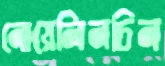
নোয়েলিনচিন